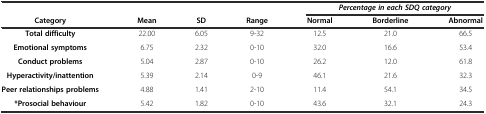
|  |  |  |  | <COLSPAN=3> Percentage in each SDQ category |
 | Category | Mean | SD | Range | Normal | Borderline | Abnormal |
 | --- | --- | --- | --- | --- | --- | --- |
 | Total difficulty | 22.00 | 6.05 | 9-32 | 12.5 | 21.0 | 66.5 |
 | Emotional symptoms | 6.75 | 2.32 | 0-10 | 32.0 | 16.6 | 53.4 |
 | Conduct problems | 5.04 | 2.87 | 0-10 | 26.2 | 12.0 | 61.8 |
 | Hyperactivity/inattention | 5.39 | 2.14 | 0-9 | 46.1 | 21.6 | 32.3 |
 | Peer relationships problems | 4.88 | 1.41 | 2-10 | 11.4 | 54.1 | 34.5 |
 | *Prosocial behaviour | 5.42 | 1.82 | 0-10 | 43.6 | 32.1 | 24.3 |